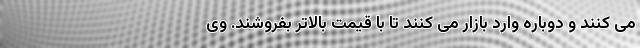
می کنند و دوباره وارد بازار می کنند تا با قیمت بالاتر بفروشند. وی